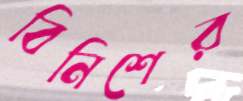
বিনিশের